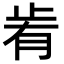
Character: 𣥯